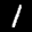
Label: 1